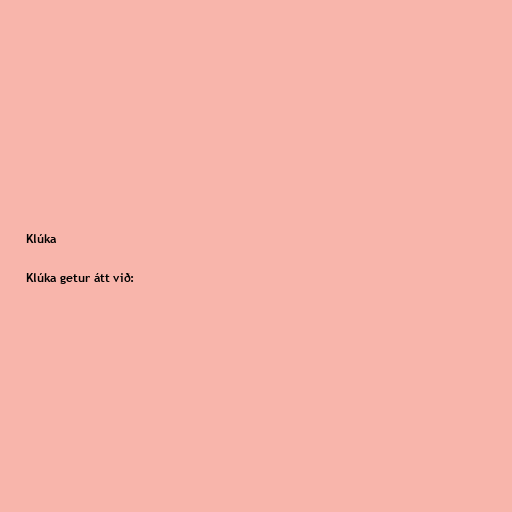
Klúka

Klúka getur átt við: